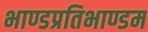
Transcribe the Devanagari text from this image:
भाण्डप्रतिभाण्डम